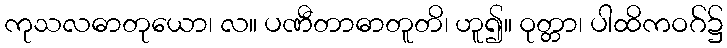
ကုသလဓာတုယော၊ လ။ ပဏီတာဓာတူတိ၊ ဟူ၍။ ဝုတ္တာ၊ ပါထိကဝဂ်၌